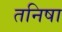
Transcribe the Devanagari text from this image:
तनिषा